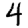
Digit: 4